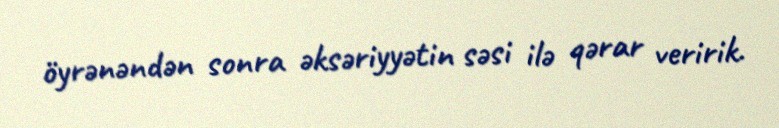
öyrənəndən sonra əksəriyyətin səsi ilə qərar veririk.